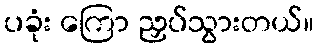
ပခုံး ကြော ညှပ်သွားတယ်။